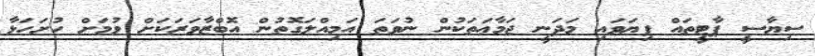
ސިޔާސީ ޕާޓީތައް ފިޔަވައި މަދަނީ ޖަމާޢަތަކުން ނުވަތަ އަމިއްލަގޮތުން އޮބްޒާވަރަކަށް ވުމަށް ހުށަހަޅާ